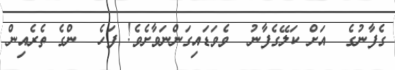
ގެފާނުގެ  އަށް ކަލޭގެފާނު  ވެވަޑައިގަންނަވާށެވެ! ފަހެ  ންގެ ތެރެއިން